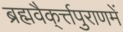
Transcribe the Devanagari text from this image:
ब्रह्मवैक्‌र्त्तपुराणमें